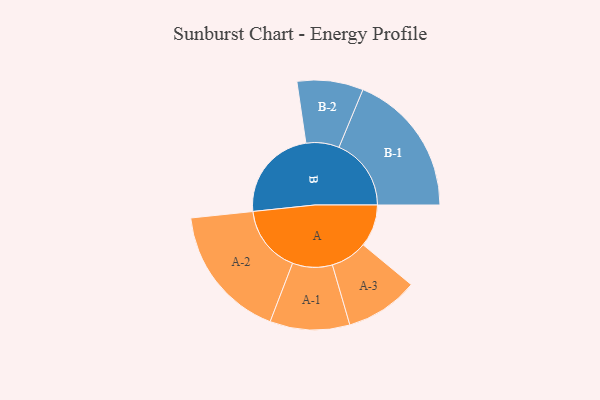
{"axis": {"x": "Segment", "y": "Value"}, "legend": ["", "A", "B"], "data": [{"x": "A", "y": 169, "type": ""}, {"x": "B", "y": 374, "type": ""}, {"x": "A-1", "y": 159, "type": "A"}, {"x": "A-2", "y": 269, "type": "A"}, {"x": "A-3", "y": 146, "type": "A"}, {"x": "B-1", "y": 288, "type": "B"}, {"x": "B-2", "y": 132, "type": "B"}]}